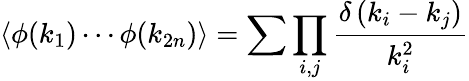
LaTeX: \left\langle\phi(k_{1})\cdots\phi(k_{2n})\right\rangle=\sum\prod_{i,j}{\frac{\delta\left(k_{i}-k_{j}\right)}{k_{i}^{2}}}